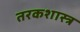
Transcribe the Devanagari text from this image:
तरकशास्त्र